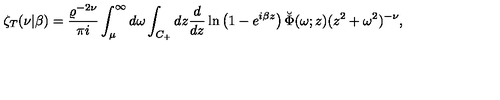
\zeta _ { T } ( \nu | \beta ) = { \frac { \varrho ^ { - 2 \nu } } { \pi i } } \int _ { \mu } ^ { \infty } d \omega \int _ { C _ { + } } d z { \frac { d } { d z } } \ln \left( 1 - e ^ { i \beta z } \right) \breve { \Phi } ( \omega ; z ) ( z ^ { 2 } + \omega ^ { 2 } ) ^ { - \nu } ,